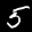
Label: 5